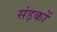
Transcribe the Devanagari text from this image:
संड़कों